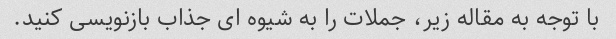
با توجه به مقاله زیر، جملات را به شیوه ای جذاب بازنویسی کنید.